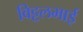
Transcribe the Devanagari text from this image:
विट्टलभाई